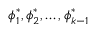
\boldsymbol { \phi } _ { 1 } ^ { * } , \boldsymbol { \phi } _ { 2 } ^ { * } , \ldots , \boldsymbol { \phi } _ { k - 1 } ^ { * }